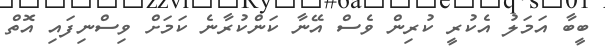
ބީބާ އަމަލު އެކުރީ ކުރިން ވެސް އޭނާ ކަންކުރާނެ ކަމަށް ވިސްނިފައި އޮތް